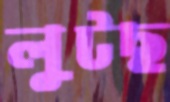
লুটছ